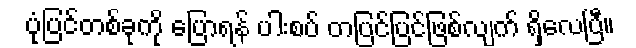
ပုံပြင်တစ်ခုကို ပြောရန် ပါးစပ် တပြင်ပြင်ဖြစ်လျက် ရှိလေပြီ။